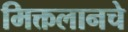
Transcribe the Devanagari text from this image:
मिक्तलानचे